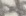
Text: 8